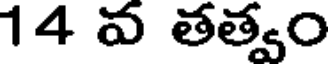
14 వ తత్వం